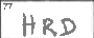
Transcription: HRD